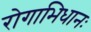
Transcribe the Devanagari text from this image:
रोगाभिधानः